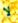
لا